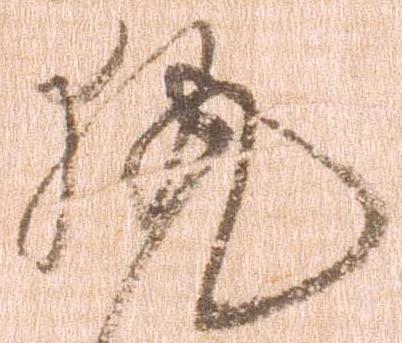
執